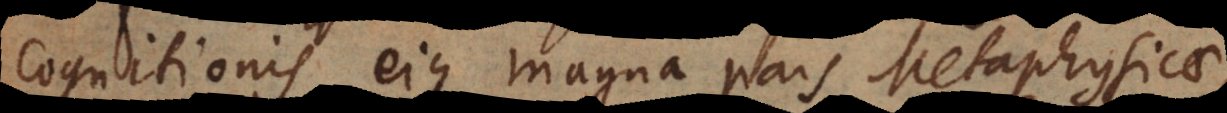
cognitionis, eique magna pars Metaphysicae